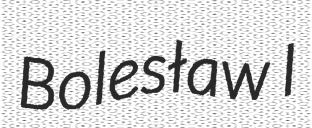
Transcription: Bolesław I